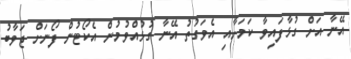
އޭނާ އަށް ގުޅާފައިވާ ކަމަށާއި އެވަގުތު އޭނާ ގުޅުއްވުމުން އެކޯޓުން ފޯނަށް ޖަވާބު